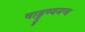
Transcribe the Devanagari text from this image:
षाड्गुण्यमन्त्र